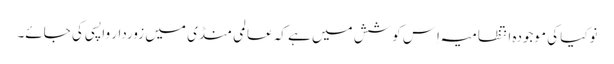
نوکیا کی موجودہ انتظامیہ اِس کوشش میں ہے کہ عالمی منڈی میں زوردار واپسی کی جائے۔